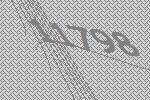
11798